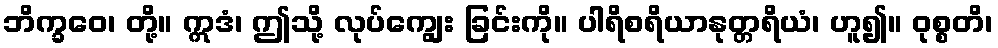
ဘိက္ခဝေ၊ တို့။ ဣဒံ၊ ဤသို့ လုပ်ကျွေး ခြင်းကို။ ပါရိစရိယာနုတ္တရိယံ၊ ဟူ၍။ ဝုစ္စတိ၊